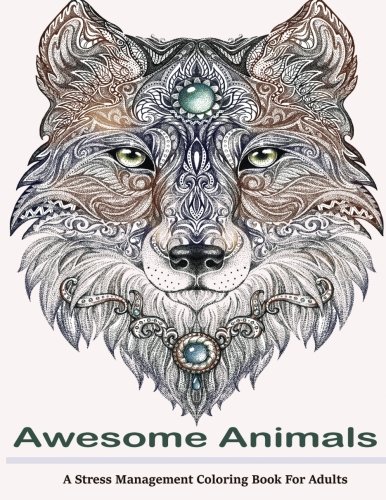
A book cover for Awesome Animals Adult Coloring Books: A Stress Management Coloring Book For Adults; Adult Coloring Books; Arts & Photography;